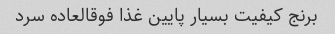
برنج کیفیت بسیار پایین غذا فوقالعاده سرد